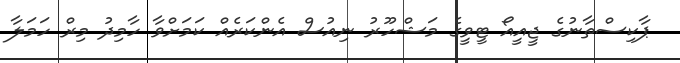
ޕާކިސްތާނުގެ ޖީއީއޯ ޓީވީގެ މަޝްހޫރު ނިއުސް އެންކަރެއް ކަމަށްވާ ހާމިދު މިރް ހަމަލާ